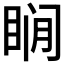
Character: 𰥨